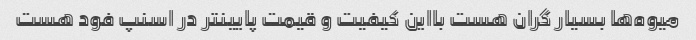
میوه‌ها بسیار گران هست بااین کیفیت و قیمت پایینتر در اسنپ فود هست